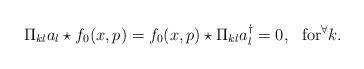
LaTeX: \begin{align*}\Pi_{kl}a_l \star f_0(x,p)=f_0(x,p) \star \Pi_{kl}a_l^\dagger=0, ~~{\rm for} ^\forall k.\end{align*}